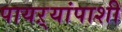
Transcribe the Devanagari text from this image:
पायऱ्यांपाशी